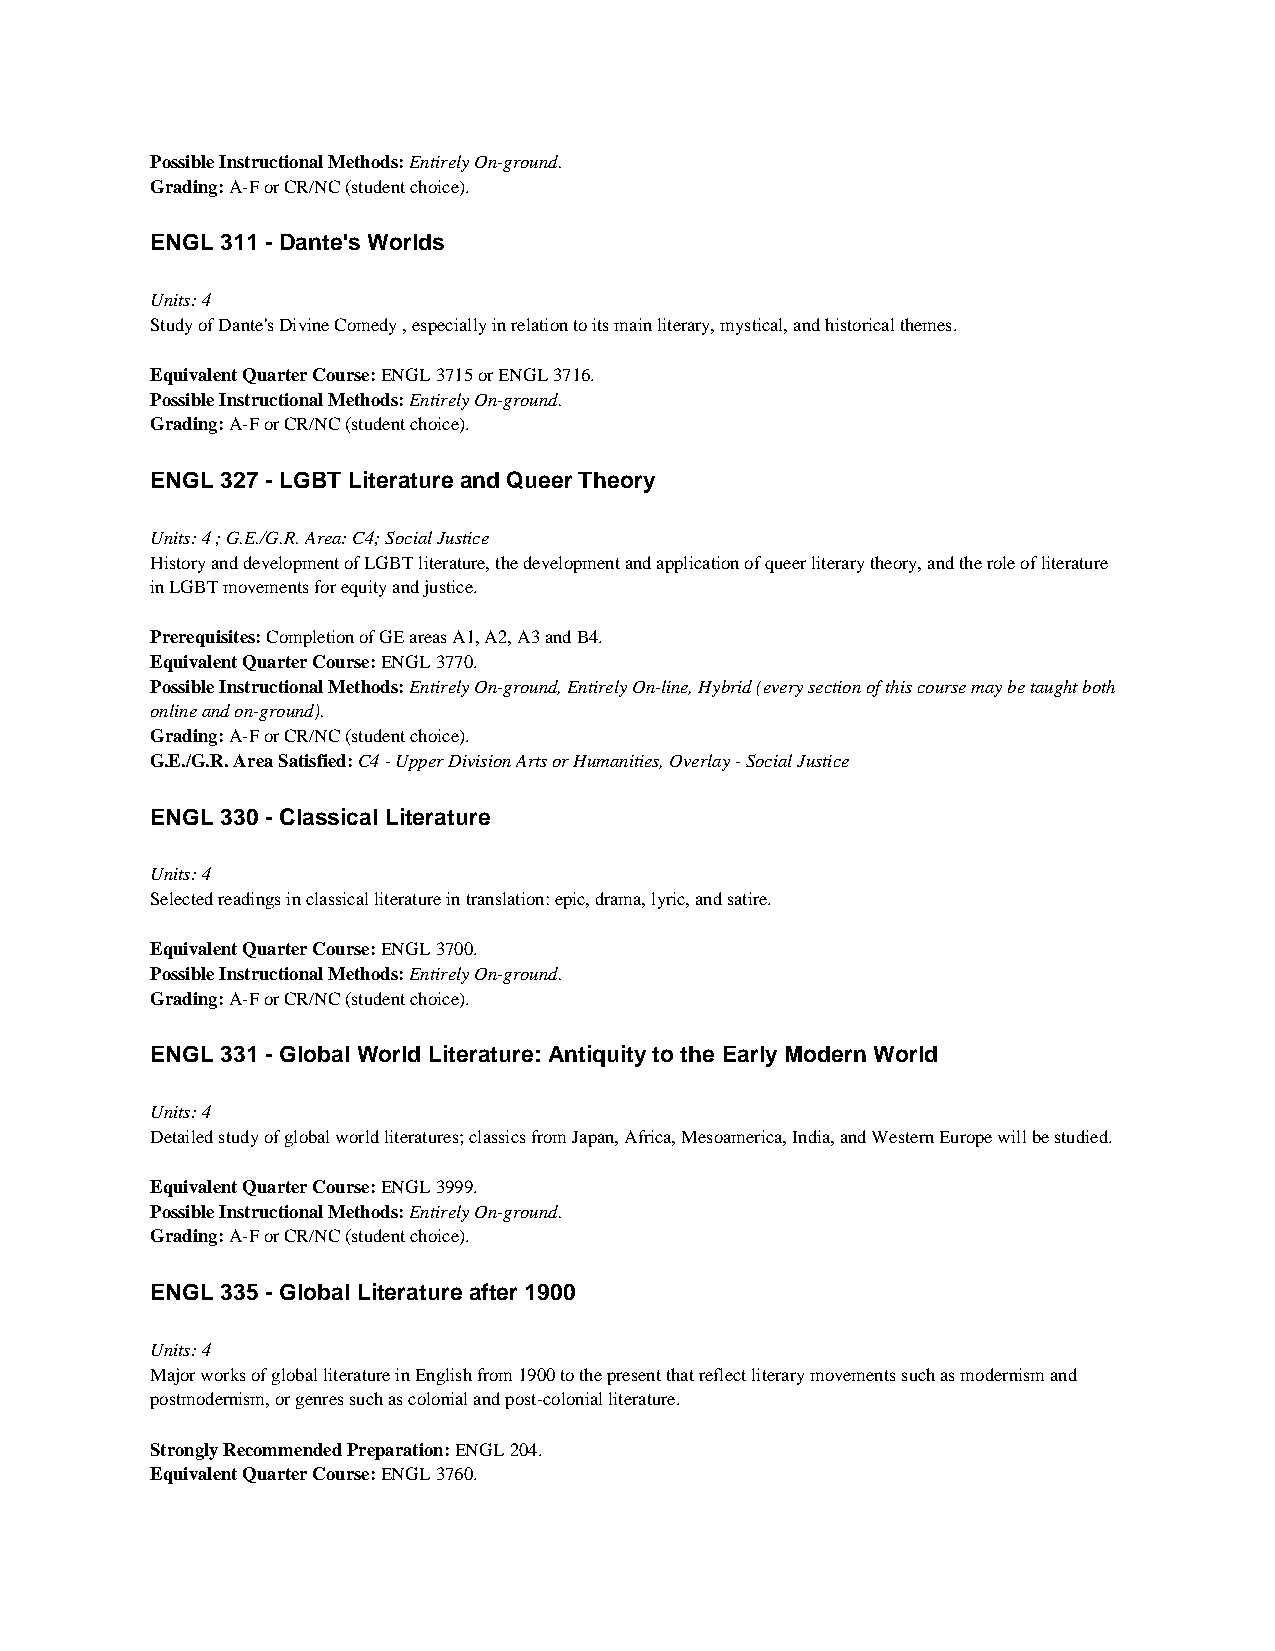
Possible Instructional Methods: Entirely On-ground.
 Grading: A-F or CR/NC (student choice).
 ENGL 311 - Dante's Worlds
 Units: 4
 Study of Dante's Divine Comedy , especially in relation to its main literary, mystical, and historical themes.
 Equivalent Quarter Course: ENGL 3715 or ENGL 3716.
 Possible Instructional Methods: Entirely On-ground.
 Grading: A-F or CR/NC (student choice).
 ENGL 327 - LGBT Literature and Queer Theory
 Units: 4 ; G.E./G.R. Area: C4; Social Justice
 History and development of LGBT literature, the development and application of queer literary theory, and the role of literature
 in LGBT movements for equity and justice.
 Prerequisites: Completion of GE areas A1, A2, A3 and B4.
 Equivalent Quarter Course: ENGL 3770.
 Possible Instructional Methods: Entirely On-ground, Entirely On-line, Hybrid (every section of this course may be taught both
 online and on-ground).
 Grading: A-F or CR/NC (student choice).
 G.E./G.R. Area Satisfied: C4 - Upper Division Arts or Humanities, Overlay - Social Justice
 ENGL 330 - Classical Literature
 Units: 4
 Selected readings in classical literature in translation: epic, drama, lyric, and satire.
 Equivalent Quarter Course: ENGL 3700.
 Possible Instructional Methods: Entirely On-ground.
 Grading: A-F or CR/NC (student choice).
 ENGL 331 - Global World Literature: Antiquity to the Early Modern World
 Units: 4
 Detailed study of global world literatures; classics from Japan, Africa, Mesoamerica, India, and Western Europe will be studied.
 Equivalent Quarter Course: ENGL 3999.
 Possible Instructional Methods: Entirely On-ground.
 Grading: A-F or CR/NC (student choice).
 ENGL 335 - Global Literature after 1900
 Units: 4
 Major works of global literature in English from 1900 to the present that reflect literary movements such as modernism and
 postmodernism, or genres such as colonial and post-colonial literature.
 Strongly Recommended Preparation: ENGL 204.
 Equivalent Quarter Course: ENGL 3760.